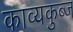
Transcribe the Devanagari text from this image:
काव्यकुब्ज